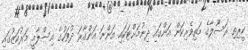
ކީރިތި ރަސޫލާގެ މަތިވެރިކަން އަންގައި ދިނުމަށްޓަކައި އަންނަ އަންގާރަ ދުވަހުގެ އިސްލާމީ މަރުކަޒުގައި